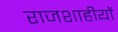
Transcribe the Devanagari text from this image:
राजशाहीयों